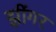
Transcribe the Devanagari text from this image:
झींगर